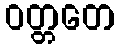
ဝတ္တတေ